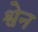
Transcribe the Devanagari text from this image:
श्वेन